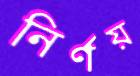
নির্ণয়